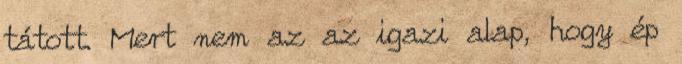
tátott. Mert nem az az igazi alap, hogy ép